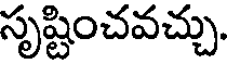
సృష్టించవచ్చు.